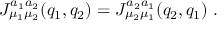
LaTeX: J _ { \mu _ { 1 } \mu _ { 2 } } ^ { a _ { 1 } a _ { 2 } } ( q _ { 1 } , q _ { 2 } ) = J _ { \mu _ { 2 } \mu _ { 1 } } ^ { a _ { 2 } a _ { 1 } } ( q _ { 2 } , q _ { 1 } ) \; .